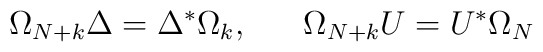
\Omega_{N+k} \Delta = \Delta^{*} \Omega_k, ~~~~~ \Omega_{N+k} U=U^{*} \Omega_N